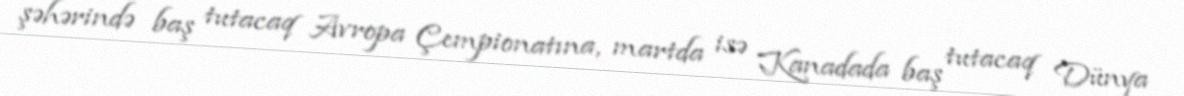
şəhərində baş tutacaq Avropa Çempionatına, martda isə Kanadada baş tutacaq Dünya